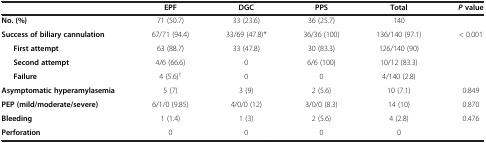
|  | EPF | DGC | PPS | Total | P value |
 | --- | --- | --- | --- | --- | --- |
 | No. (%) | 71 (50.7) | 33 (23.6) | 36 (25.7) | 140 |  |
 | Success of biliary cannulation | 67/71 (94.4) | 33/69 (47.8)* | 36/36 (100) | 136/140 (97.1) | < 0.001 |
 | First attempt | 63 (88.7) | 33 (47.8) | 30 (83.3) | 126/140 (90) |  |
 | Second attempt | 4/6 (66.6) | 0 | 6/6 (100) | 10/12 (83.3) |  |
 | Failure | 4 (5.6)† | 0 | 0 | 4/140 (2.8) |  |
 | Asymptomatic hyperamylasemia | 5 (7) | 3 (9) | 2 (5.6) | 10 (7.1) | 0.849 |
 | PEP (mild/moderate/severe) | 6/1/0 (9.85) | 4/0/0 (12) | 3/0/0 (8.3) | 14 (10) | 0.870 |
 | Bleeding | 1 (1.4) | 1 (3) | 2 (5.6) | 4 (2.8) | 0.476 |
 | Perforation | 0 | 0 | 0 | 0 |  |